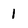
Character: 1